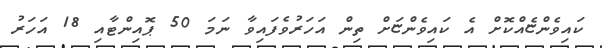
ކައިވެންޏެއްކޮށް އެ ކައިވެންޏަށް ތިން އަހަރުވެފައިވާ ނަމަ 50 ޕޮއިންޓާއި 18 އަހަރު